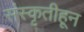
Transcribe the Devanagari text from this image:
संस्‍कृतीहून